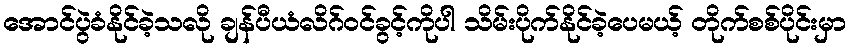
အောင်ပွဲခံနိုင်ခဲ့သလို ချန်ပီယံလိဂ်ဝင်ခွင့်ကိုပါ သိမ်းပိုက်နိုင်ခဲ့ပေမယ့် တိုက်စစ်ပိုင်းမှာ